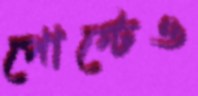
পোস্টেও